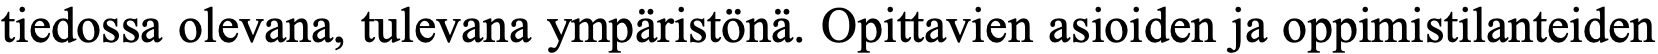
tiedossa olevana, tulevana ympäristönä. Opittavien asioiden ja oppimistilanteiden